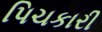
પિચકારી